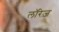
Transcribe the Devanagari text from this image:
लॉरेज़